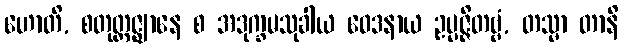
ဟောတိ, စတုတ္ထဇ္ဈာနေ စ အဒုက္ခမသုခါယ ဝေဒနာယ ဥပ္ပဇ္ဇိတဗ္ဗံ, တသ္မာ တာနိ